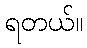
ရတယ်။